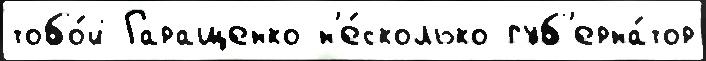
тобо́й Гаращенко н'е́сколько губ'ерна́тор